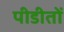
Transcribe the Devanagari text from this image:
पीडीतों